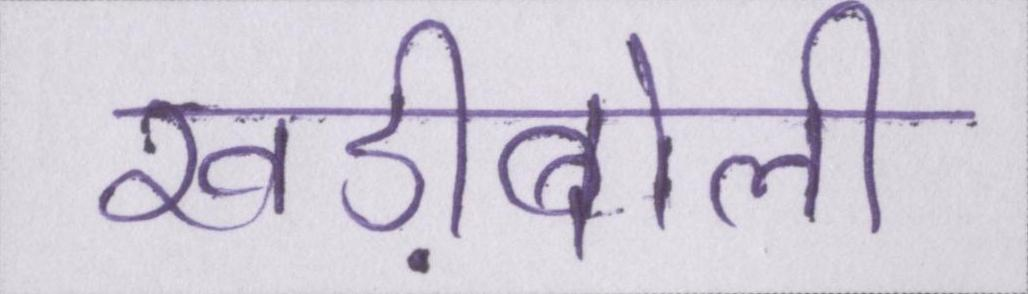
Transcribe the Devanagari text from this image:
खड़ीबोली